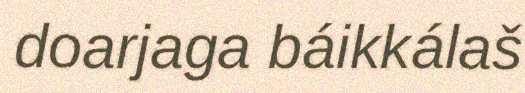
doarjaga báikkálaš